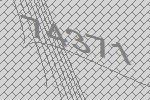
74371